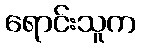
ရောင်းသူက